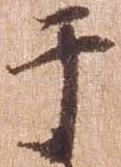
于